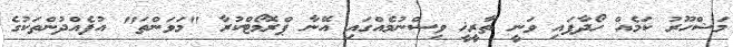
މަޝްހޫރު ކަމެއް ހޯދާފައި ވަނީ ތާރީޚީ ވިސްނުމެއްގައި އޭނާ ޕްރޮމޯޓްކުރާ "މަވަންތަ" އުފެއްދުންތަކުގެ